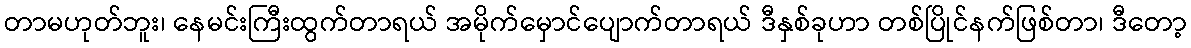
တာမဟုတ်ဘူး၊ နေမင်းကြီးထွက်တာရယ် အမိုက်မှောင်ပျောက်တာရယ် ဒီနှစ်ခုဟာ တစ်ပြိုင်နက်ဖြစ်တာ၊ ဒီတော့